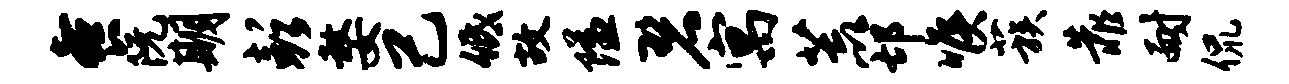
餐阮期彭嫠己低故隘碧寓荒邙喉蔟靠耐侃